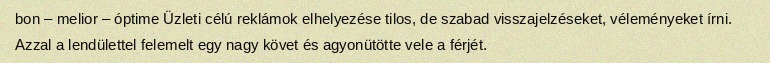
bon – melior – óptime Üzleti célú reklámok elhelyezése tilos, de szabad visszajelzéseket, véleményeket írni. Azzal a lendülettel felemelt egy nagy követ és agyonütötte vele a férjét.